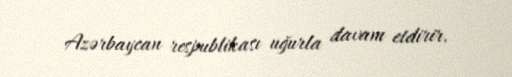
Azərbaycan respublikası uğurla davam etdirir.